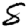
Digit: 8